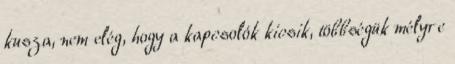
kusza, nem elég, hogy a kapcsolók kicsik, többségük mélyre